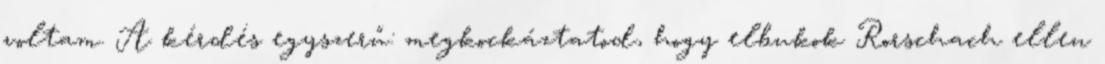
voltam. A kérdés egyszerű: megkockáztatod, hogy elbukok Rorschach ellen